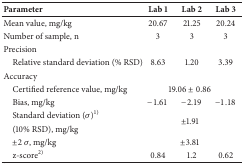
<table><thead><tr><td><b>Parameter</b></td><td><b>Lab 1</b></td><td><b>Lab 2</b></td><td><b>Lab 3</b></td></tr></thead><tbody><tr><td>Mean value, mg/kg</td><td>20.67</td><td>21.25</td><td>20.24</td></tr><tr><td>Number of sample, n</td><td>3</td><td>3</td><td>3</td></tr><tr><td>Precision</td><td> </td><td> </td><td> </td></tr><tr><td> Relative standard deviation (% RSD)</td><td>8.63</td><td>1.20</td><td>3.39</td></tr><tr><td>Accuracy</td><td> </td><td> </td><td> </td></tr><tr><td> Certified reference value, mg/kg</td><td colspan="3">19.06 ± 0.86</td></tr><tr><td> Bias, mg/kg</td><td>−1.61</td><td>−2.19</td><td>−1.18</td></tr><tr><td> Standard deviation (<i>σ</i>)<sup>1)</sup> </td><td rowspan="2" colspan="3">±1.91</td></tr><tr><td> (10% RSD), mg/kg</td></tr><tr><td> ±2 <i>σ</i>, mg/kg</td><td colspan="3">±3.81</td></tr><tr><td> z-score<sup>2)</sup></td><td>0.84</td><td>1.2</td><td>0.62</td></tr></tbody></table>